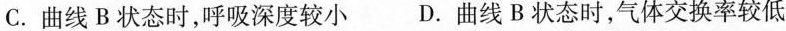
C.曲线B状态时，呼吸深度较小 D.曲线B状态时，气体交换率较低